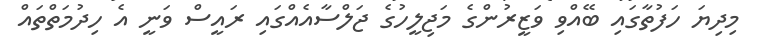
މިދިޔަ ހަފުތާގައި ބޭއްވި ވަޒީރުންގެ މަޖިލީހުގެ ޖަލްސާއެއްގައި ރައީސް ވަނީ އެ ހިދުމަތްތައް